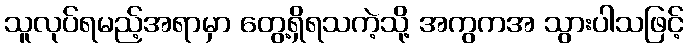
သူလုပ်ရမည့်အရာမှာ တွေ့ရှိရသကဲ့သို့ အကွကအ သွားပါသဖြင့်